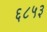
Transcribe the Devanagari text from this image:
६८५३